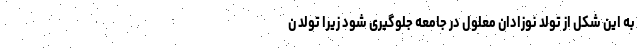
به این شکل از تولد نوزادان معلول در جامعه جلوگیری شود زیرا تولد ن